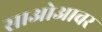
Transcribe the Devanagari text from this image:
साओआवर